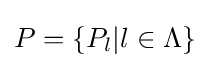
P=\{P_{l}|l\in \Lambda \}